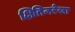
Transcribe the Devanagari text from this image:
क्षितिजरेखा